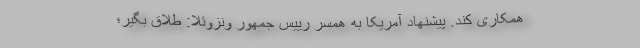
همکاری کند. پیشنهاد آمریکا به همسر رییس جمهور ونزوئلا: طلاق بگیر؛